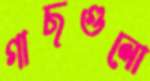
গাছগুলো